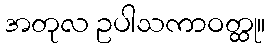
အတုလ ဥပါသကာဝတ္ထု။